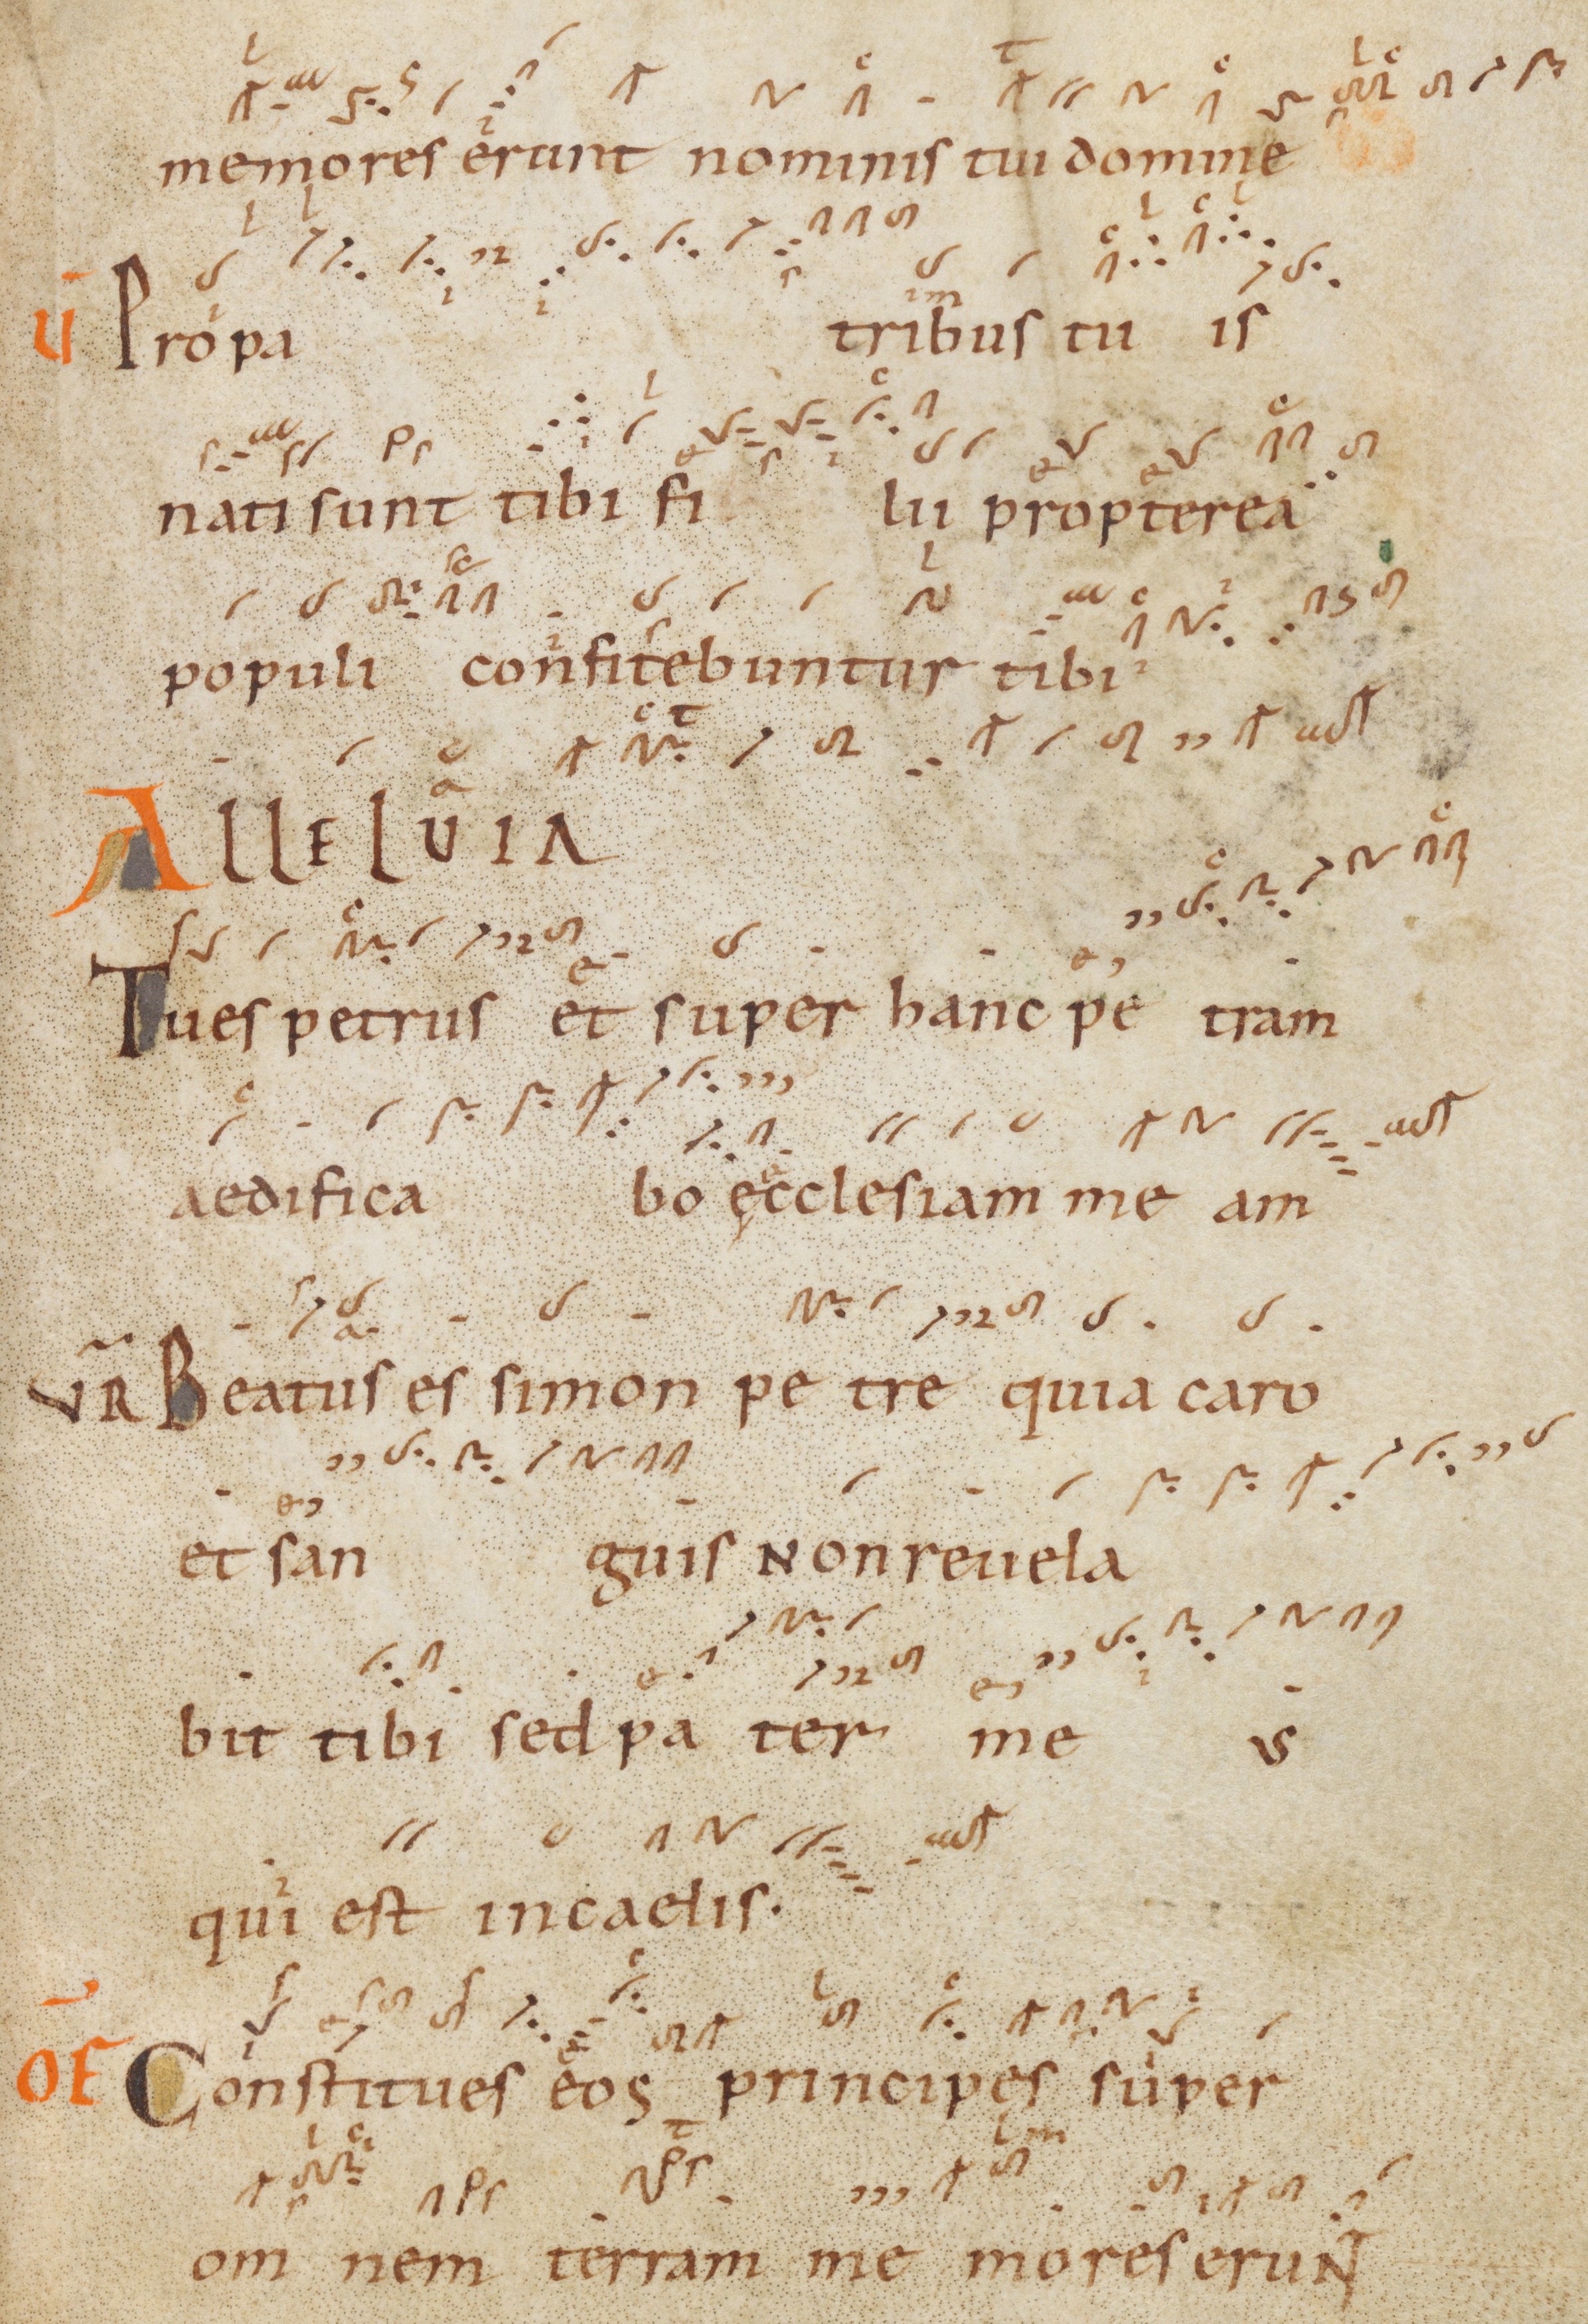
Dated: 945–985